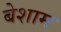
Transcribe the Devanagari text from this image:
बेशाम